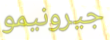
جيرونيمو